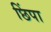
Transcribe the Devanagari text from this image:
छिंपा